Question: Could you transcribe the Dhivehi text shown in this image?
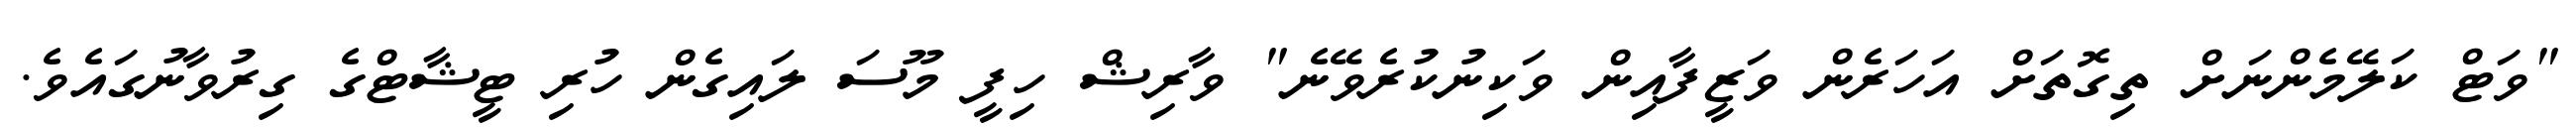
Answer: "ވަޓް ކަލޭމެންނަށް ތިގޮތަށް އަހަރެން ވަޒީފާއިން ވަކިނުކުރެވޭނެ" ވާރިޝް ހިފީ މޫސަ ލައިގެން ހުރި ޓީޝާޓްގެ ގިރުވާނުގައެވެ.